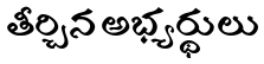
తీర్చిన అభ్యర్థులు